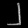
Digit: ၂